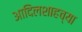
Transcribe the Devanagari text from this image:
आदिलशाहच्या